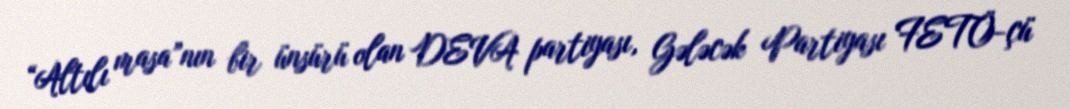
“Altılı masa”nın bir ünsürü olan DEVA partiyası, Gələcək Partiyası FETÖ-çü